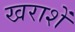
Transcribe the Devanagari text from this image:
खराशें